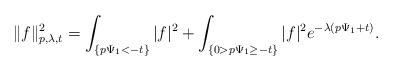
LaTeX: \begin{align*}\|f\|^2_{p,\lambda,t}=\int_{\{p\Psi_1<-t\}}|f|^2+\int_{\{0>p\Psi_1\geq -t\}}|f|^2e^{-\lambda(p\Psi_1+t)}.\end{align*}